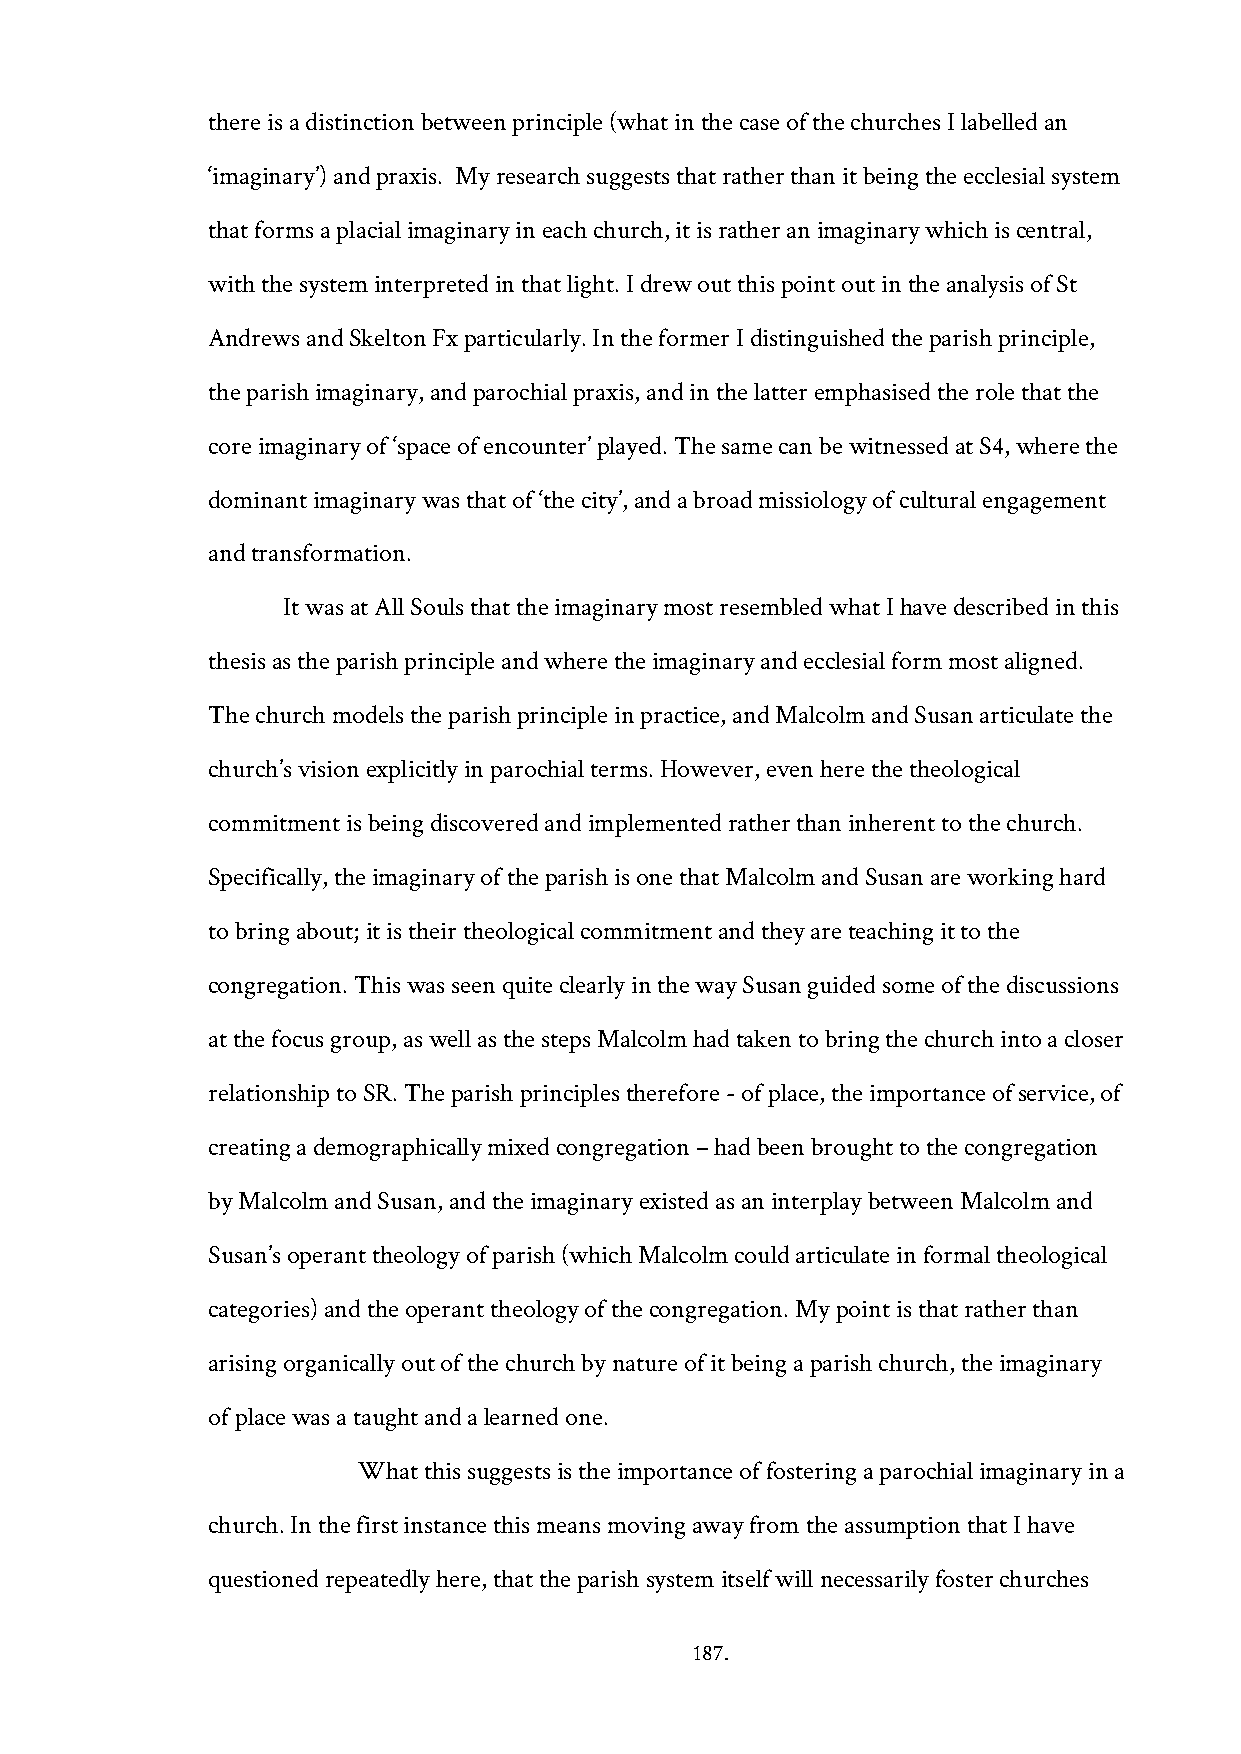
there is a distinction between principle (what in the case of the churches I labelled an
 ‘imaginary’) and praxis. My research suggests that rather than it being the ecclesial system
 that forms a placial imaginary in each church, it is rather an imaginary which is central,
 with the system interpreted in that light. I drew out this point out in the analysis of St
 Andrews and Skelton Fx particularly. In the former I distinguished the parish principle,
 the parish imaginary, and parochial praxis, and in the latter emphasised the role that the
 core imaginary of ‘space of encounter’ played. The same can be witnessed at S4, where the
 dominant imaginary was that of ‘the city’, and a broad missiology of cultural engagement
 and transformation.
 It was at All Souls that the imaginary most resembled what I have described in this
 thesis as the parish principle and where the imaginary and ecclesial form most aligned.
 The church models the parish principle in practice, and Malcolm and Susan articulate the
 church’s vision explicitly in parochial terms. However, even here the theological
 commitment is being discovered and implemented rather than inherent to the church.
 Specifically, the imaginary of the parish is one that Malcolm and Susan are working hard
 to bring about; it is their theological commitment and they are teaching it to the
 congregation. This was seen quite clearly in the way Susan guided some of the discussions
 at the focus group, as well as the steps Malcolm had taken to bring the church into a closer
 relationship to SR. The parish principles therefore - of place, the importance of service, of
 creating a demographically mixed congregation – had been brought to the congregation
 by Malcolm and Susan, and the imaginary existed as an interplay between Malcolm and
 Susan’s operant theology of parish (which Malcolm could articulate in formal theological
 categories) and the operant theology of the congregation. My point is that rather than
 arising organically out of the church by nature of it being a parish church, the imaginary
 of place was a taught and a learned one.
 What this suggests is the importance of fostering a parochial imaginary in a
 church. In the first instance this means moving away from the assumption that I have
 questioned repeatedly here, that the parish system itself will necessarily foster churches
 187.